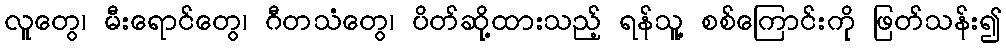
လူတွေ၊ မီးရောင်တွေ၊ ဂီတသံတွေ၊ ပိတ်ဆို့ထားသည့် ရန်သူ့ စစ်ကြောင်းကို ဖြတ်သန်း၍